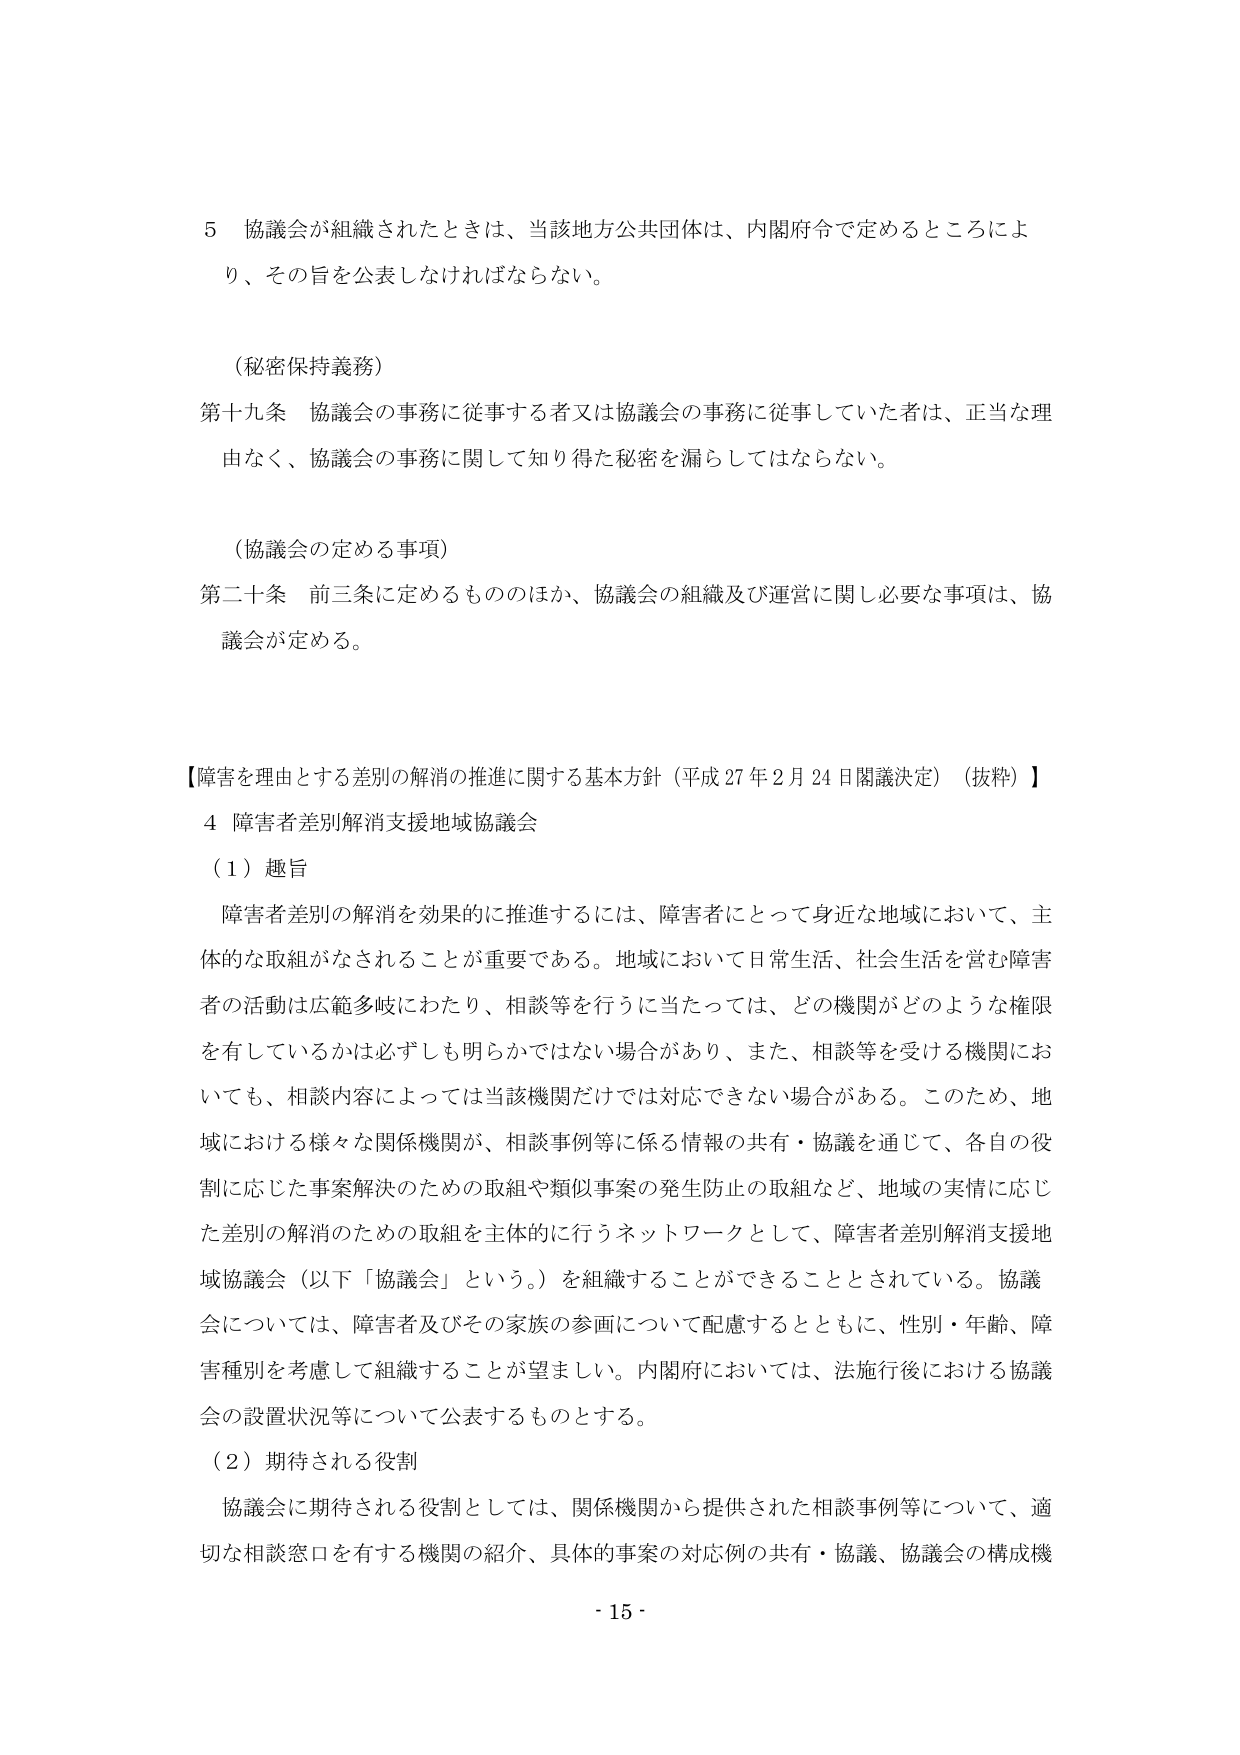
5 協議会が組織されたときは、当該地方公共団体は、内閣府令で定めるところにより、その旨を公表しなければならない。

（秘密保持義務）

第十九条 協議会の事務に従事する者又は協議会の事務に従事していた者は、正当な理由なく、協議会の事務に関して知り得た秘密を漏らしてはならない。

（協議会の定める事項）

第二十条 前三条に定めるもののほか、協議会の組織及び運営に関し必要な事項は、協議会が定める。

【障害を理由とする差別の解消の推進に関する基本方針（平成27年2月24日閣議決定）（抜粋）】

4 障害者差別解消支援地域協議会

（1）趣旨

障害者差別の解消を効果的に推進するには、障害者にとって身近な地域において、主体的な取組がなされることが重要である。地域において日常生活、社会生活を営む障害者の活動は広範多岐にわたり、相談等を行うに当たっては、どの機関がどのような権限を有しているかは必ずしも明らかではない場合があり、また、相談等を受ける機関においても、相談内容によっては当該機関だけでは対応できない場合がある。このため、地域における様々な関係機関が、相談事例等に係る情報の共有・協議を通じて、各自の役割に応じた事案解決のための取組や類似事案の発生防止の取組など、地域の実情に応じた差別の解消のための取組を主体的に行うネットワークとして、障害者差別解消支援地域協議会（以下「協議会」という。）を組織することができることとされている。協議会については、障害者及びその家族の参画について配慮するとともに、性別・年齢、障害種別を考慮して組織することが望ましい。内閣府においては、法施行後における協議会の設置状況等について公表するものとする。

（2）期待される役割

協議会に期待される役割としては、関係機関から提供された相談事例等について、適切な相談窓口を有する機関の紹介、具体的事案の対応例の共有・協議、協議会の構成機

- 15 -